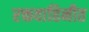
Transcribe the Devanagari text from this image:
रक्तवाहिनीत